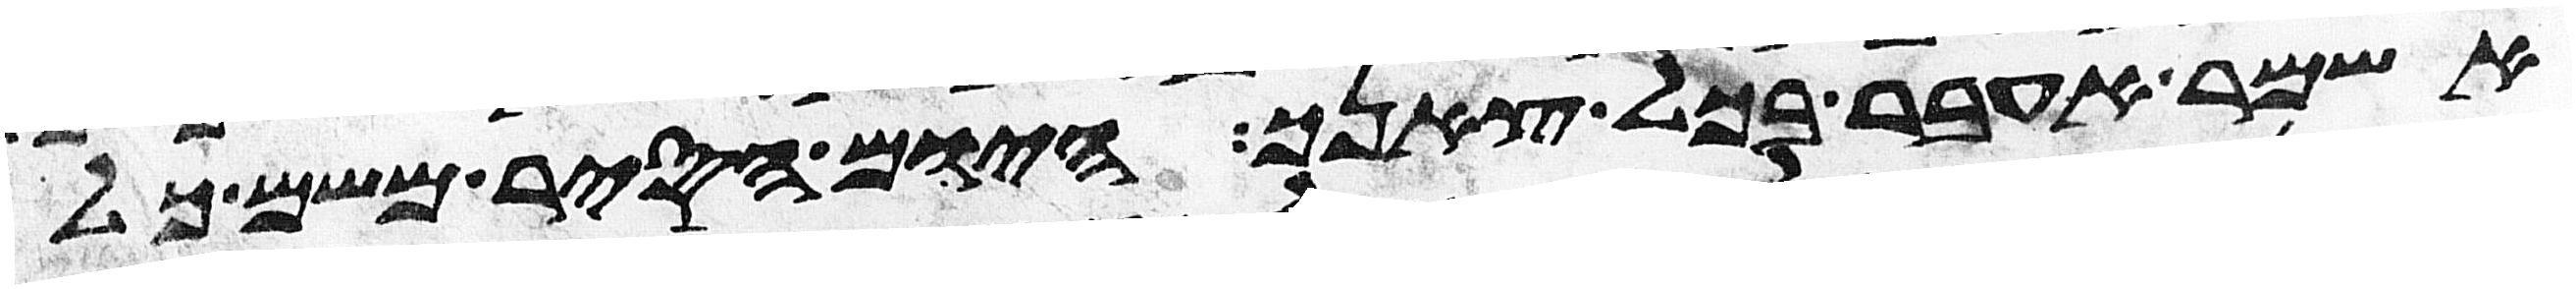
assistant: אשמר אעבר בכל צאנך היום הסיר משם כל